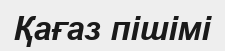
Қағаз пішімі